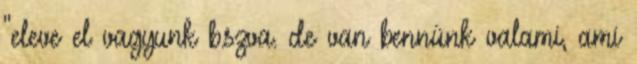
"eleve el vagyunk b.szva. de van bennünk valami, ami